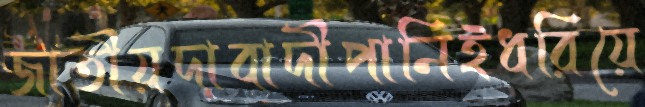
জাতীয়দাবাদীপানিইধরিয়ে